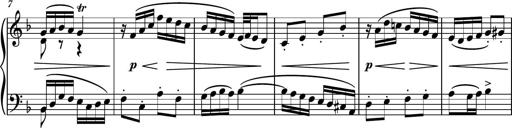
Title: Piano Sonatina II
Composer: Dimitri Sykias
Key: F major